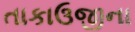
તાકાઉજીના